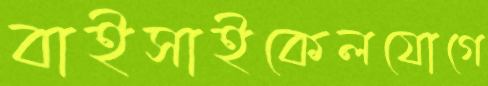
বাইসাইকেলযোগে